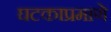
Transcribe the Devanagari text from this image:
घटकाप्रमाणे